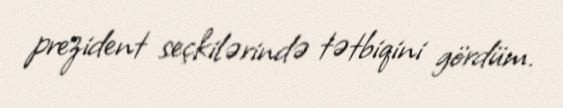
prezident seçkilərində tətbiqini gördüm.